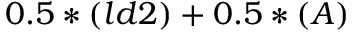
0 . 5 * ( l d 2 ) + 0 . 5 * ( A )